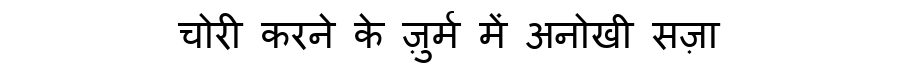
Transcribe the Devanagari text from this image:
चोरी करने के ज़ुर्म में अनोखी सज़ा